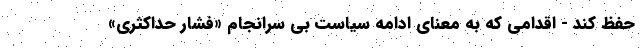
حفظ کند - اقدامی که به معنای ادامه سیاست بی سرانجام «فشار حداکثری»